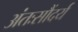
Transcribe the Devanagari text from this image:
अंतःसौंदर्य